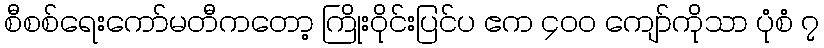
စီစစ်ရေးကော်မတီကတော့ ကြိုးဝိုင်းပြင်ပ ဧက ၄၀၀ ကျော်ကိုသာ ပုံစံ ၇